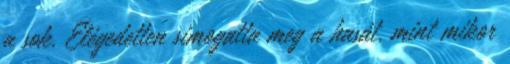
a sok. Elégedetten simogatta meg a hasát, mint mikor